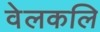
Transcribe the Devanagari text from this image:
वेलकलि